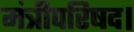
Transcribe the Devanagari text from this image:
मंत्रीपरिषद।